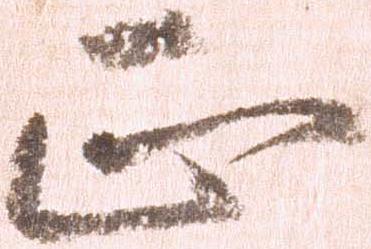
正